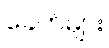
ခေတ်များ